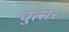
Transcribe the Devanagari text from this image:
चुत्सर